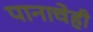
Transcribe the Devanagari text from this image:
पानाचेही